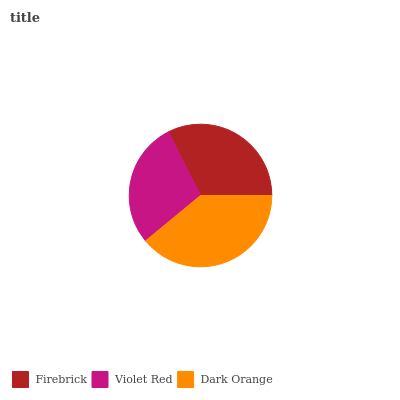
| Firebrick | Violet Red | Dark Orange |
 | --- | --- | --- |
 | 32.5% | 28.5% | 39% |